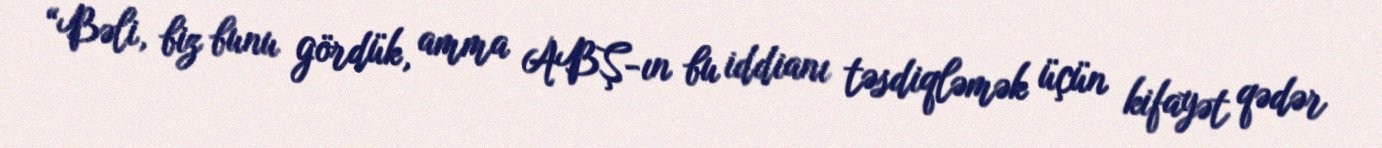
“Bəli, biz bunu gördük, amma ABŞ-ın bu iddianı təsdiqləmək üçün kifayət qədər